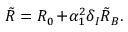
\tilde { R } = R _ { 0 } \! + \! \alpha _ { 1 } ^ { 2 } \delta _ { I } \tilde { R } _ { B } .